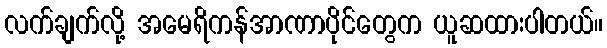
လက်ချက်လို့ အမေရိကန်အာဏာပိုင်တွေက ယူဆထားပါတယ်။